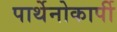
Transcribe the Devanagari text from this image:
पार्थेनोकार्पी